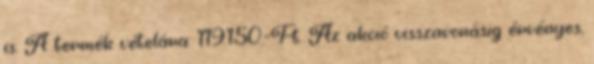
is. A termék vételára: 119.150.-Ft. Az akció visszavonásig érvényes,